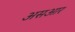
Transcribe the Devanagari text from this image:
असआर